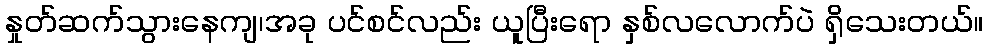
နှုတ်ဆက်သွားနေကျ၊အခု ပင်စင်လည်း ယူပြီးရော နှစ်လလောက်ပဲ ရှိသေးတယ်။